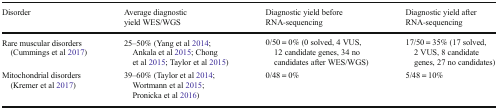
<table><thead><tr><td><b>Disorder</b></td><td><b>Average diagnostic yield WES/WGS</b></td><td><b>Diagnostic yield before RNA-sequencing</b></td><td><b>Diagnostic yield after RNA-sequencing</b></td></tr></thead><tbody><tr><td>Rare muscular disorders (Cummings et al 2017)</td><td>25–50% (Yang et al 2014; Ankala et al 2015; Chong et al 2015; Taylor et al 2015)</td><td>0/50 = 0% (0 solved, 4 VUS, 12 candidate genes, 34 no candidates after WES/WGS)</td><td>17/50 = 35% (17 solved, 2 VUS, 8 candidate genes, 27 no candidates)</td></tr><tr><td>Mitochondrial disorders (Kremer et al 2017)</td><td>39–60% (Taylor et al 2014; Wortmann et al 2015; Pronicka et al 2016)</td><td>0/48 = 0%</td><td>5/48 = 10%</td></tr></tbody></table>